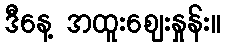
ဒီနေ့ အထူးဈေးနှုန်း။